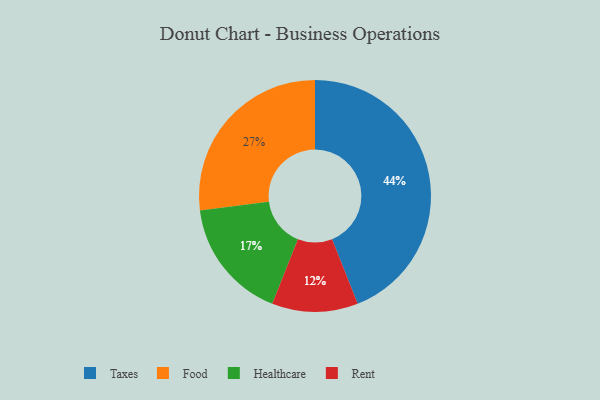
{"axis": {"x": "Category", "y": "Percentage"}, "legend": ["Food", "Healthcare", "Rent", "Taxes"], "data": [{"x": "Taxes", "y": 44, "type": "Taxes"}, {"x": "Food", "y": 27, "type": "Food"}, {"x": "Healthcare", "y": 17, "type": "Healthcare"}, {"x": "Rent", "y": 12, "type": "Rent"}]}